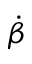
\dot { \beta }